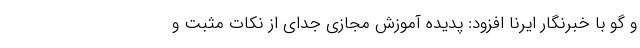
و گو با خبرنگار ایرنا افزود: پدیده آموزش مجازی جدای از نکات مثبت و